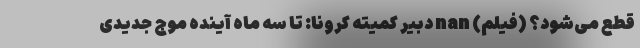
قطع می‌شود؟ (فیلم) nan دبیر کمیته کرونا: تا سه ماه آینده موج جدیدی